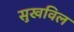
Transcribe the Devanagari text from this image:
सुखविल